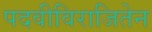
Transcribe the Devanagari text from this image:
पदवीविराजितेन